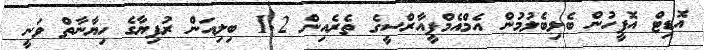
އޮޑިޓް އޮފީހުން ބެލިބެލުމުން އެމްއެމްޕީއާރްސީގެ ތެރެއިން 1.2 ބިލިއަން ރުފިޔާގެ ހިޔާނާތް ވަނީ